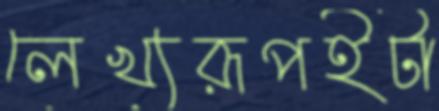
লেখ্যরূপইটা